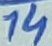
Text: 14